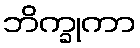
ဘိက္ခုကာ